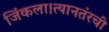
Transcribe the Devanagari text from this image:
जिंकला।त्यानतंरची